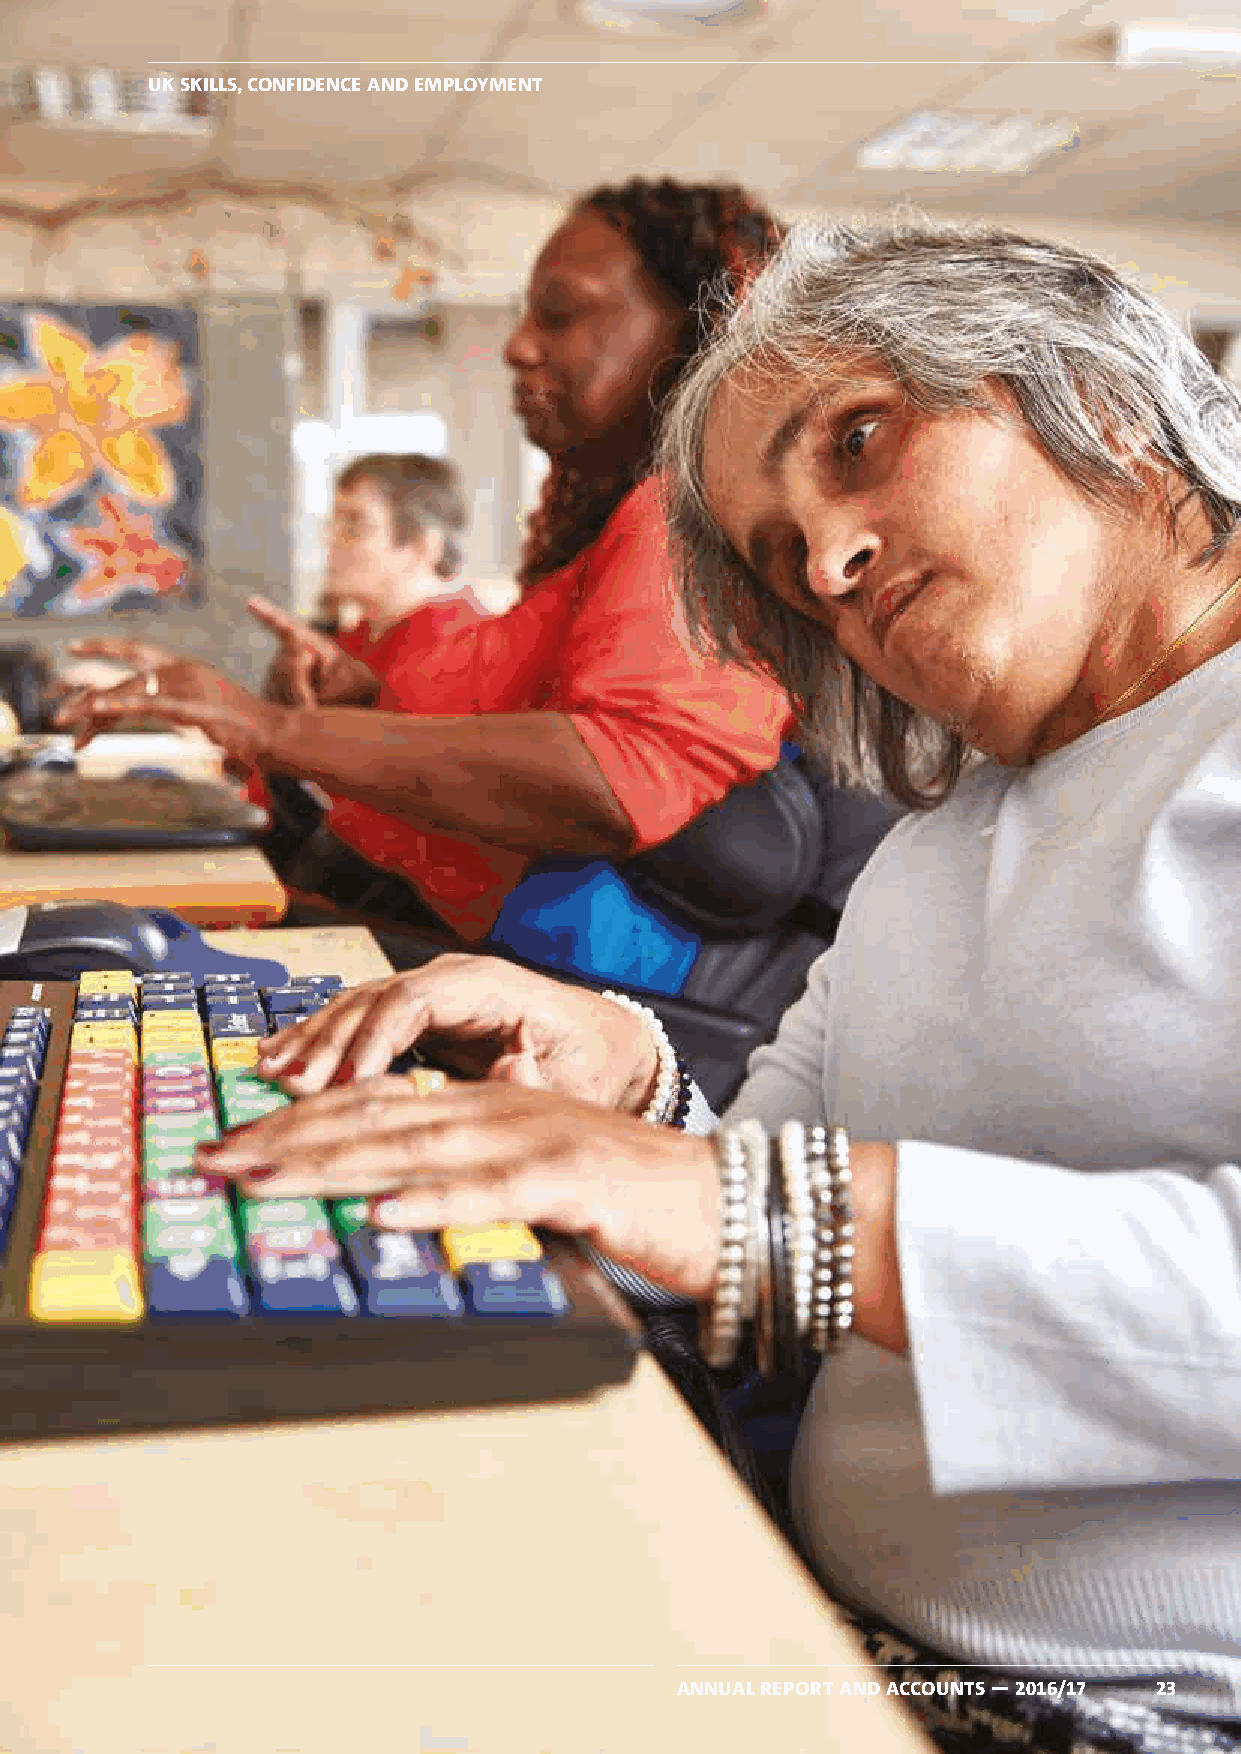
UK SKILLS, CONFIDENCE AND EMPLOYMENT
 ANNUAL REPORT AND ACCOUNTS — 2016/17 23